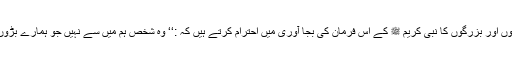
یہ بات بھی سب جانتے ہیں کہ ہم اپنے بڑوں اور بزرگوں کا نبی کریم ﷺ کے اس فرمان کی بجا آوری میں احترام کرتے ہیں کہ :‘‘ وہ شخص ہم میں سے نہیں جو ہمارے بڑوں کا احترام اور چھوٹوں پر شفقت نہ کرے۔